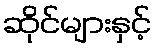
ဆိုင်များနှင့်